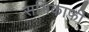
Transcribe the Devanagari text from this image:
सभिकाफी